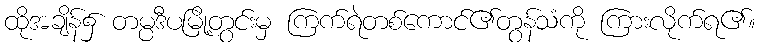
ထိုအချိန်၌ တမ္ပဒီပမြို့တွင်းမှ ကြက်ရဲတစ်ကောင်၏တွန်သံကို ကြားလိုက်ရ၏။